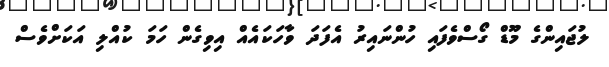
ލުޖައިންގެ މޫޑް ގޯސްވެފައި ހުންނައިރު އެފަދަ ވާހަކައެއް އިވިގެން ހަމަ ކުއްލި އަކަށްވެސް